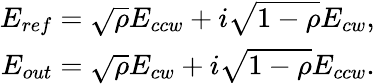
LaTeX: \begin{array}{r}{E_{ref}=\sqrt{\rho}E_{ccw}+i\sqrt{1-\rho}E_{cw},}\\ {E_{out}=\sqrt{\rho}E_{cw}+i\sqrt{1-\rho}E_{ccw}.}\end{array}